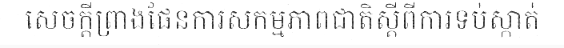
សេចក្តីព្រាងផែនការសកម្មភាពជាតិស្តីពីការទប់ស្កាត់